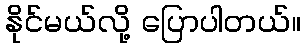
နိုင်မယ်လို့ ပြောပါတယ်။